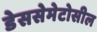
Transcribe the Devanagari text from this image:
डेससेमेटोसील